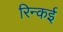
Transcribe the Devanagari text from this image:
रिन्कई